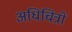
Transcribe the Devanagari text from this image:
अधिचित्रों